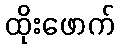
ထိုးဖောက်